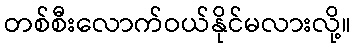
တစ်စီးလောက်ဝယ်နိုင်မလားလို့။